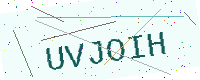
Text: UVJOIH